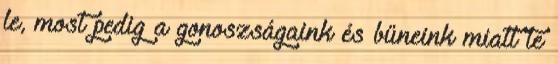
le, most pedig a gonoszságaink és bűneink miatt te